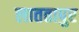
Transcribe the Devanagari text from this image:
लाततापुर